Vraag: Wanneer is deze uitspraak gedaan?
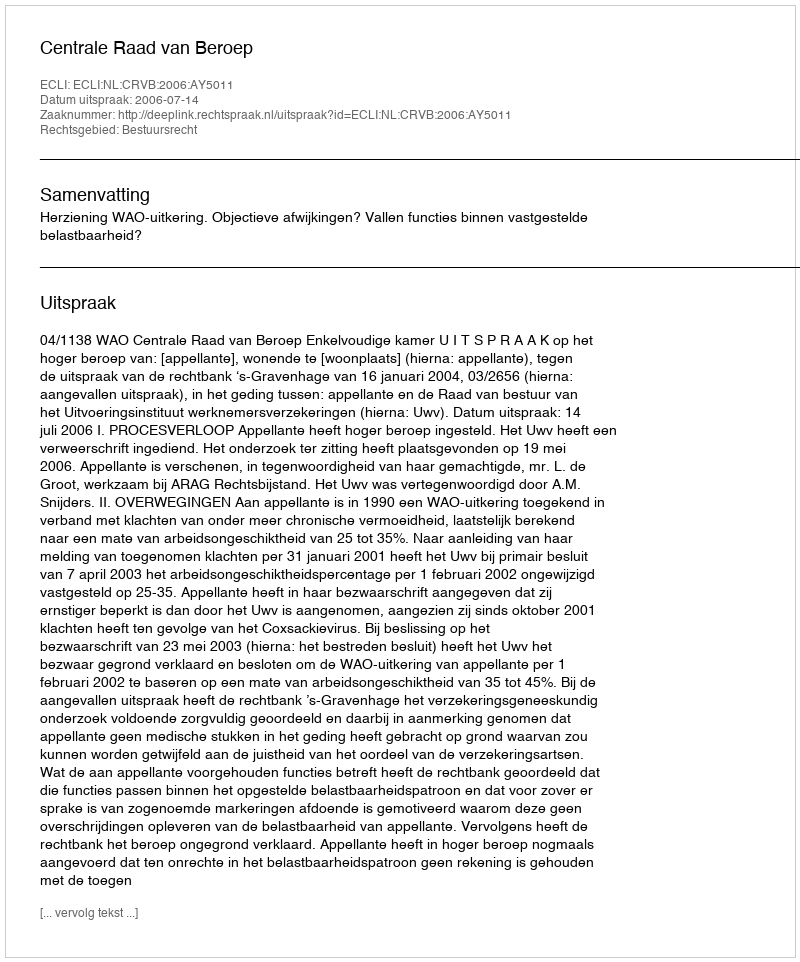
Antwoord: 2006-07-14